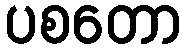
ပစတော